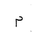
Letter: _mim